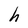
Character: h